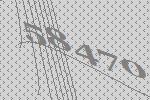
58470